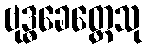
ဗုဒ္ဓခေတ္တေသု